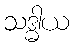
သဒ္ဓါယ